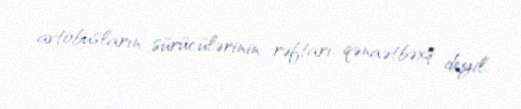
avtobusların sürücülərinin rəftarı qənaətbəxş deyil.